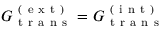
G _ { \mathrm { ~ t ~ r ~ a ~ n ~ s ~ } } ^ { \mathrm { ~ ( ~ e ~ x ~ t ~ ) ~ } } = G _ { \mathrm { ~ t ~ r ~ a ~ n ~ s ~ } } ^ { \mathrm { ~ ( ~ i ~ n ~ t ~ ) ~ } }